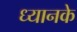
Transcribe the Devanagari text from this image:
ध्यानके